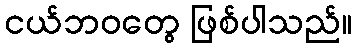
ငယ်ဘဝတွေ ဖြစ်ပါသည်။